Annual administration report of the Civil Veterinary Department of India - 1896-1897
Year: 1896
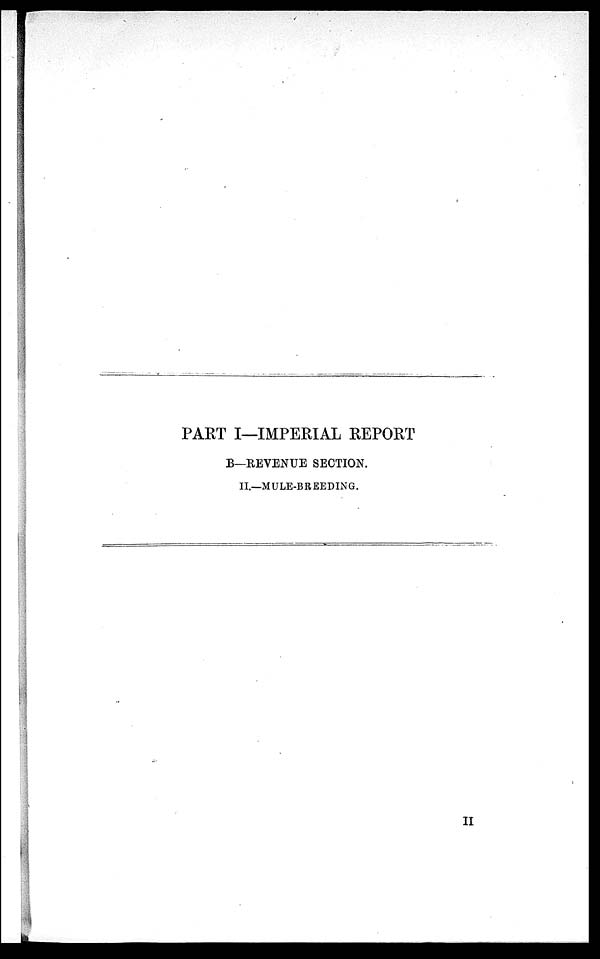
PART I—IMPERIAL REPORT
B—REVENUE SECTION.
II.—MULE-BREEDING.